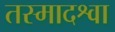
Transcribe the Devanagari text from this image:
तस्मादश्वा